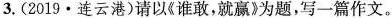
3.(2019·连云港)请以《谁敢，就赢》为题，写一篇作文。